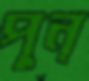
পুন্